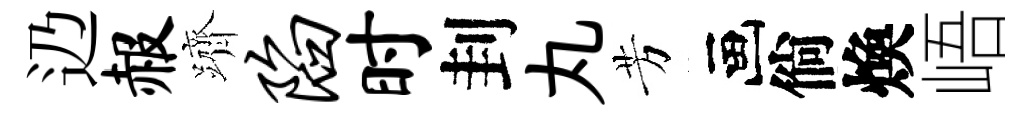
辸赧躋陷时刲丸芳画倘煥峿